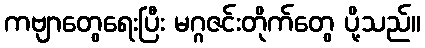
ကဗျာတွေရေးပြီး မဂ္ဂဇင်းတိုက်တွေ ပို့သည်။